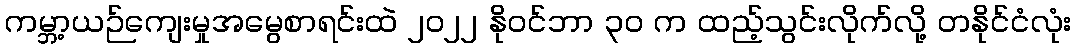
ကမ္ဘာ့ယဉ်ကျေးမှုအမွေစာရင်းထဲ ၂၀၂၂ နိုဝင်ဘာ ၃၀ က ထည့်သွင်းလိုက်လို့ တနိုင်ငံလုံး